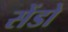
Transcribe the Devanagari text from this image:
सेंडो